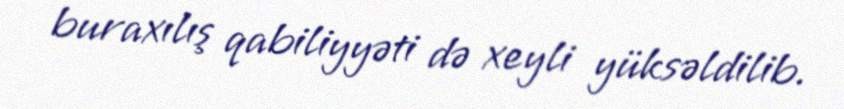
buraxılış qabiliyyəti də xeyli yüksəldilib.